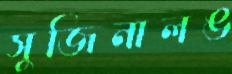
সুজিনালঙ